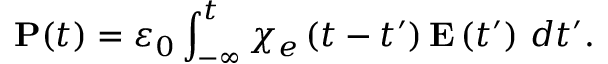
\mathbf { P } ( t ) = \varepsilon _ { 0 } \int _ { - \infty } ^ { t } \chi _ { e } \left( t - t ^ { \prime } \right) \mathbf { E } \left( t ^ { \prime } \right) \, d t ^ { \prime } .